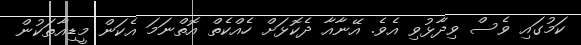
ކަމުގައި ވެސް ވިދާޅުވި އެވެ. އޭނާއާ ދެކޮޅަށް ހެއްކެތް އޮތްނަމަ އެކަން މީޑިއާތަކުން